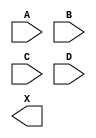
module sky130_fd_sc_hs__or4 (
    //# {{data|Data Signals}}
    input  A,
    input  B,
    input  C,
    input  D,
    output X
);

    // Voltage supply signals
    supply1 VPWR;
    supply0 VGND;

endmodule